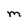
Character: M